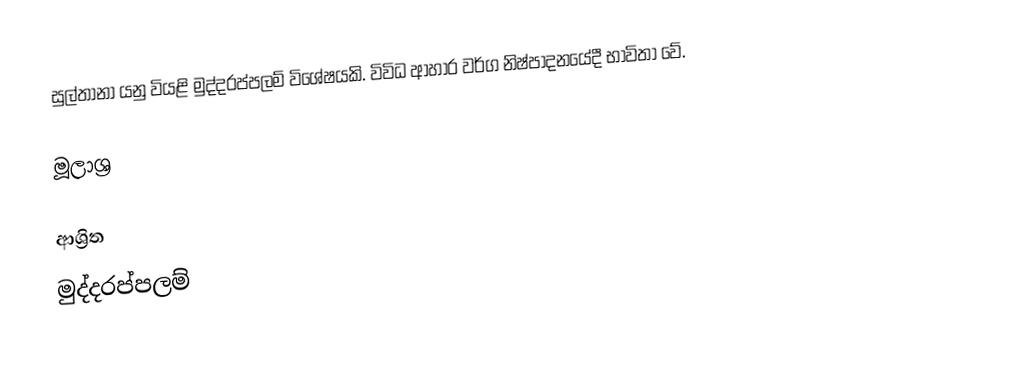
සුල්තානා යනු වියළි මුද්දරප්පලම් විශේෂයකි.  විවිධ ආහාර වර්ග නිෂ්පාදනයේදී භාවිතා වේ.

මූලාශ්‍ර

ආශ්‍රිත
 මුද්දරප්පලම්